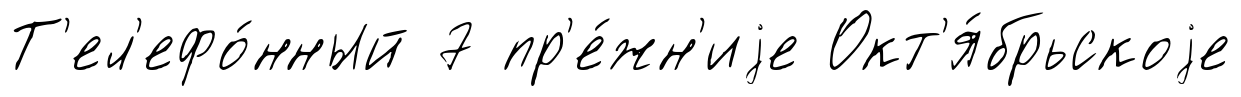
Т'ел'ефо́нный 7 пр'е́жн'иjе Окт'я́брьскоjе